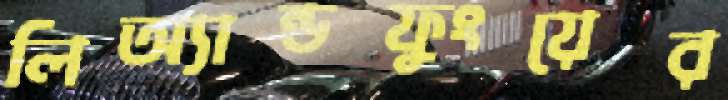
লিঅ্যান্ডফুংয়ের